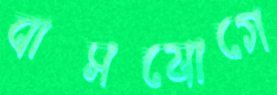
বাসযোগে